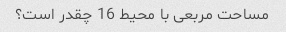
مساحت مربعی با محیط 16 چقدر است؟